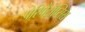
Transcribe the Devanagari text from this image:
पेरिपैटॉप्सिस